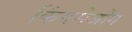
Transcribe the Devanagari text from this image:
किंगसेजोंग